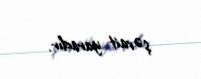
şərait yaradır.